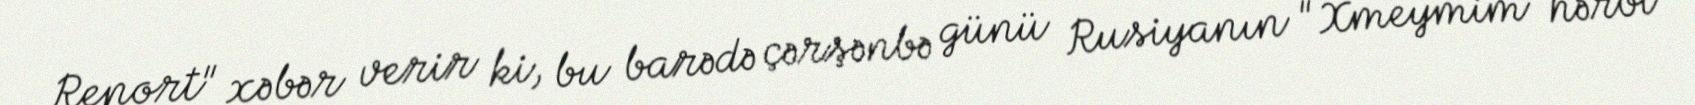
Report" xəbər verir ki, bu barədə çərşənbə günü Rusiyanın "Xmeymim" hərbi